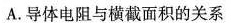
A.导体电阻与横截面积的关系